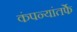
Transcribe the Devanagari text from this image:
कंपन्यांतर्फे